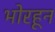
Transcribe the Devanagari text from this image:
भोरहून